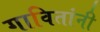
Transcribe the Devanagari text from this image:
गावितांनी